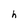
Character: h